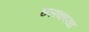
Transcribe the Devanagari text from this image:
छलकाया